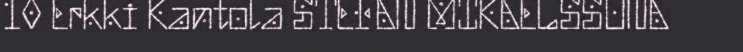
10 Erkki Kantola STEFAN MIKAELSSONA